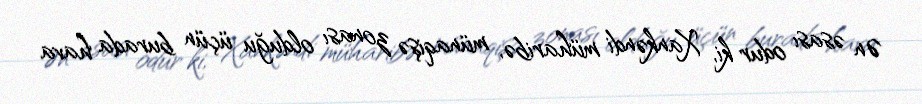
Ən əsası odur ki, Xankəndi müharibə, münaqişə zonası olduğu üçün burada hava